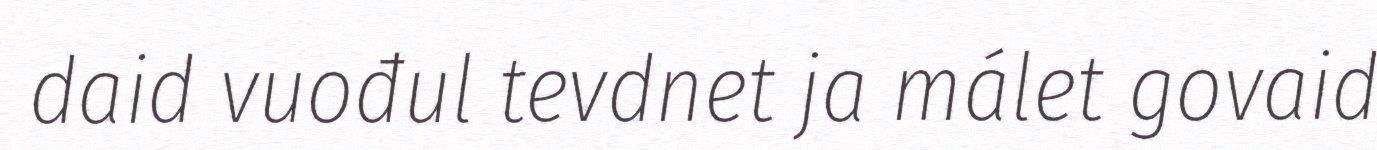
daid vuođul tevdnet ja málet govaid